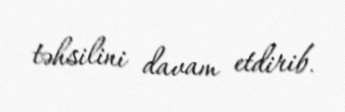
təhsilini davam etdirib.